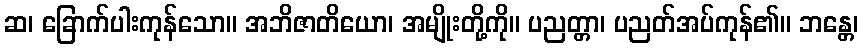
ဆ၊ ခြောက်ပါးကုန်သော။ အဘိဇာတိယော၊ အမျိုးတို့ကို။ ပညတ္တာ၊ ပညတ်အပ်ကုန်၏။ ဘန္တေ၊